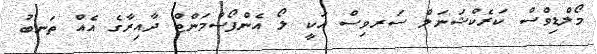
މޯލްޑިވްސް ކަރެކްޝަނަލް ސަރވިސް އަކީ ލޯ އެންފޯސްމަންޓް ދާއިރާގެ އެއް ތަނބު